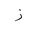
Letter: _zay